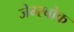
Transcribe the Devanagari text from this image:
जेम्स्बोक